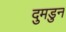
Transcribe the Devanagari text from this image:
दुमडुन